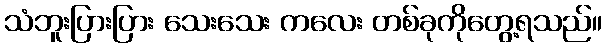
သံဘူးပြားပြား သေးသေး ကလေး တစ်ခုကိုတွေ့ရသည်။